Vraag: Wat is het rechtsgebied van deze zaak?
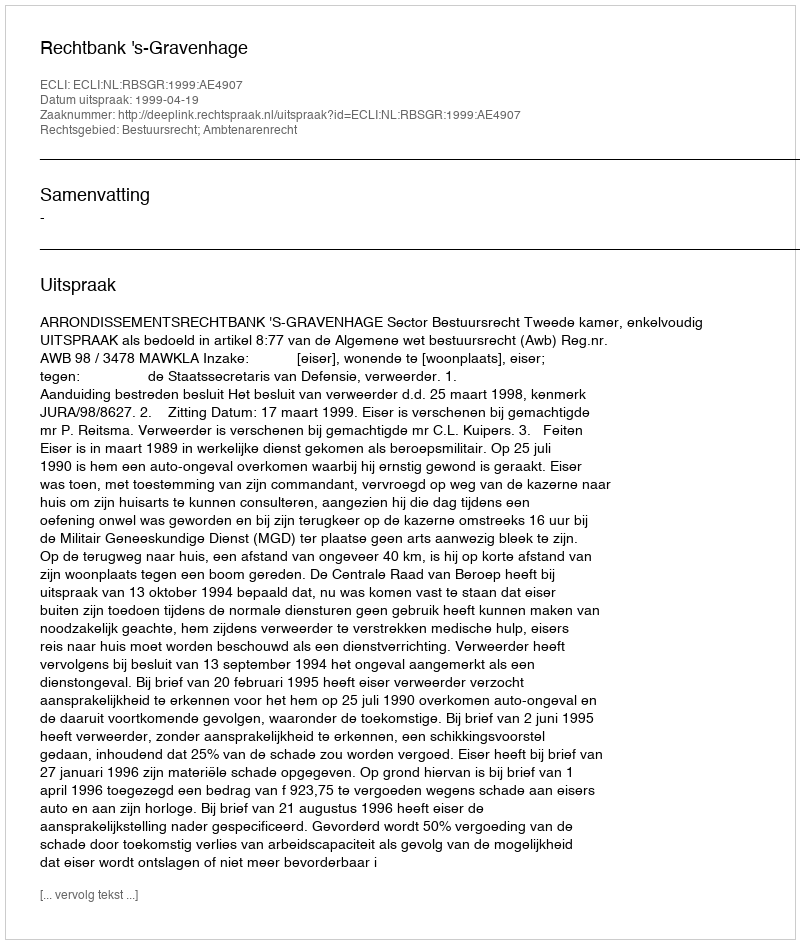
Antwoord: Bestuursrecht; Ambtenarenrecht